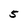
Character: 5